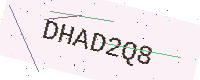
Text: DHAD2Q8